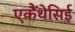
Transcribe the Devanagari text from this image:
एकैंथेसिई